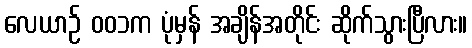
လေယာဉ် ၀၀၁က ပုံမှန် အချိန်အတိုင်း ဆိုက်သွားပြီလား။